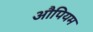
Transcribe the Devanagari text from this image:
औपियम